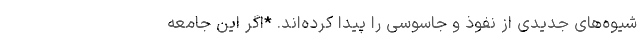
شیوه‌های جدیدی از نفوذ و جاسوسی را پیدا کرده‌اند. *اگر این جامعه